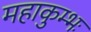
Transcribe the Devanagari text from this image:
महाकुम्भः